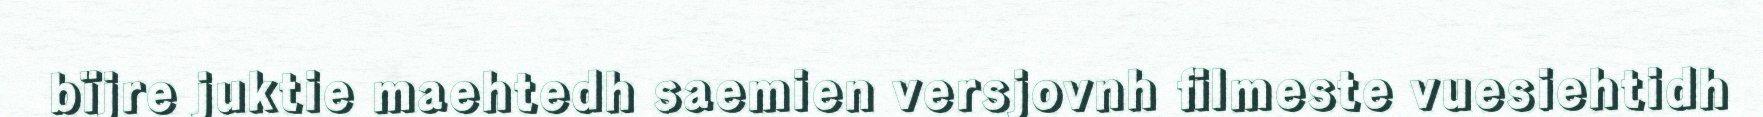
bïjre juktie maehtedh saemien versjovnh filmeste vuesiehtidh